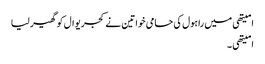
امیتھی میں راہول کی حامی خواتین نے کجریوال کو گھیر لیا
امیتھی ۔